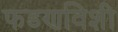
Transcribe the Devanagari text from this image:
फडणविशी